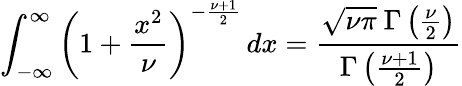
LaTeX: \int_{-\infty}^{\infty}\left(1+{\frac{x^{2}}{\nu}}\right)^{-{\frac{\nu+1}{2}}}\, dx={\frac{{\sqrt{\nu\pi}}\ \Gamma\left({\frac{\nu}{2}}\right)}{\Gamma\left({\frac{\nu+1}{2}}\right)}}